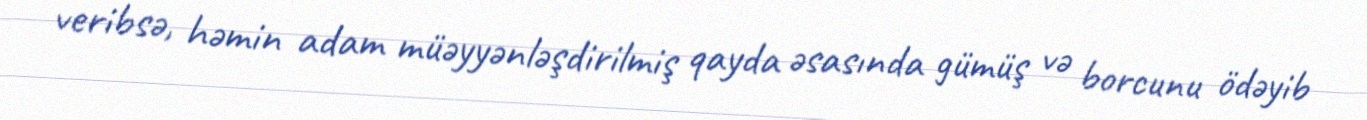
veribsə, həmin adam müəyyənləşdirilmiş qayda əsasında gümüş və borcunu ödəyib